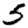
Digit: 5